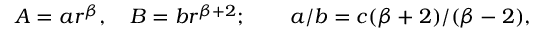
A = a r ^ { \beta } , \quad B = b r ^ { \beta + 2 } ; \qquad a / b = c ( \beta + 2 ) / ( \beta - 2 ) ,